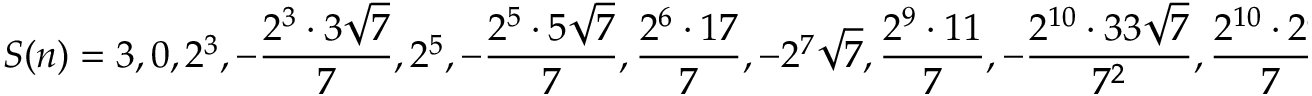
S ( n ) = 3 , 0 , 2 ^ { 3 } , - { \frac { 2 ^ { 3 } \cdot 3 { \sqrt { 7 } } } { 7 } } , 2 ^ { 5 } , - { \frac { 2 ^ { 5 } \cdot 5 { \sqrt { 7 } } } { 7 } } , { \frac { 2 ^ { 6 } \cdot 1 7 } { 7 } } , - 2 ^ { 7 } { \sqrt { 7 } } , { \frac { 2 ^ { 9 } \cdot 1 1 } { 7 } } , - { \frac { 2 ^ { 1 0 } \cdot 3 3 { \sqrt { 7 } } } { 7 ^ { 2 } } } , { \frac { 2 ^ { 1 0 } \cdot 2 9 } { 7 } } , - { \frac { 2 ^ { 1 4 } \cdot 1 1 { \sqrt { 7 } } } { 7 ^ { 2 } } } , { \frac { 2 ^ { 1 2 } \cdot 2 6 9 } { 7 ^ { 2 } } } ,